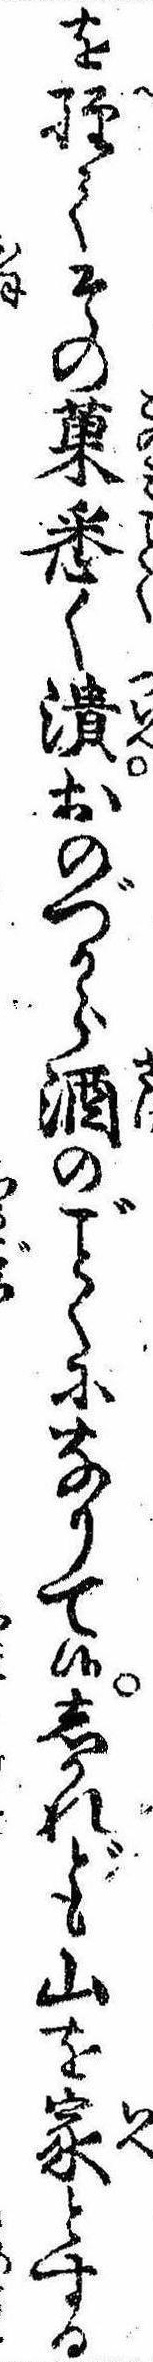
を経てその菓悉く潰おのづから酒のくになりて候しかれども山を家とする